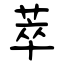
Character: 萃